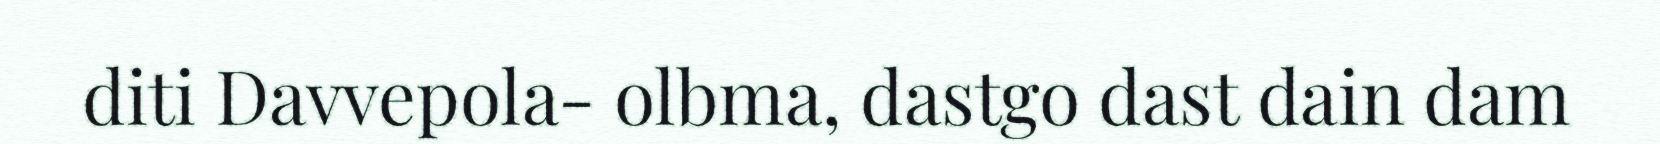
diti Davvepola- olbma, dastgo dast dain dam